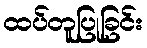
ထပ်တူပြုခြင်း